Report of the King Institute of Preventive Medicine, Guindy
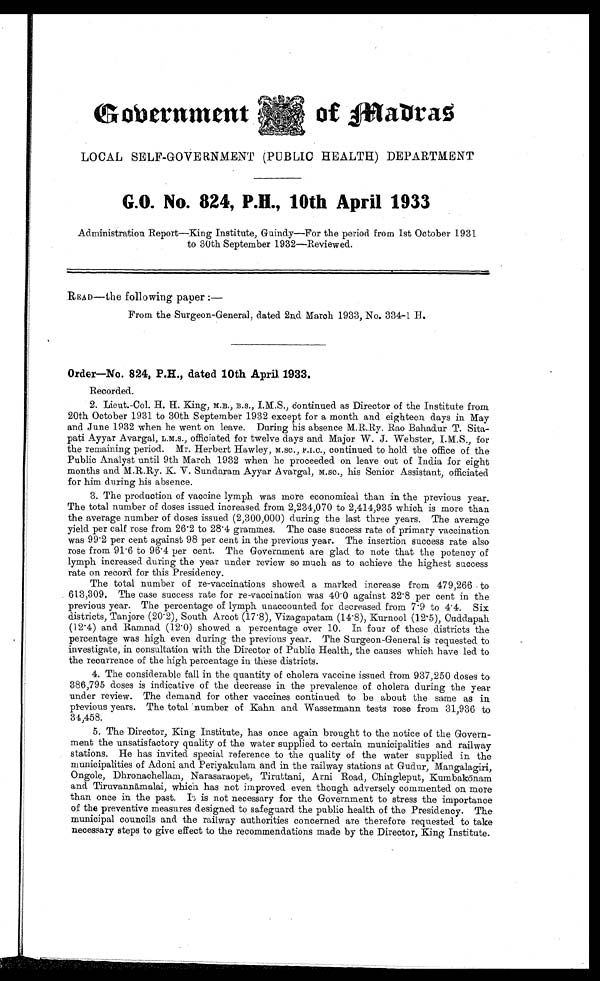
Government
of Madras
LOCAL SELF-GOVERNMENT (PUBLIC HEALTH) DEPARTMENT
G.O. No. 824, P.H., 10th April 1933
Administration Report—King Institute, Guindy—For the period from 1st October 1931
to 30th September 1932—Reviewed.
READ—the following paper :
—
From the Surgeon-General, dated 2nd March 1933, No. 334-1 H.
Order—No. 824, P.H., dated 10th April 1933.
Recorded.
2. Lieut.-Col. H. H. King, M.B., B.S., I.M.S., continued as Director of the Institute from
20th October 1931 to 30th September 1932 except for a month and eighteen days in May
and June 1932 when he went on leave. During his absence M.R.Ry. Rao Bahadur T. Sita
- p a t i A y y a r A v a r g a l , L . M . S . , o f f i c i a t e d f o r t w e l v e d a y s a n d M a j o r W . J . W e b s t e r , I . M . S . , f o r
the remaining period. Mr. Herbert Hawley, M.sc., F.I.C., continued to hold the office of the
Public Analyst until 9th March 1932 when he proceeded on leave out of India for eight
months and M.R.Ry. K.V. Sundaram Ayyar Avargal, M.sc., his Senior Assistant, officiated
for him during his absence.
3. The production of vaccine lymph was more economical than in the previous year.
The total number of doses issued increased from 2,234,070 to 2,414,935 which is more than
the average number of doses issued (2,300,000) during the last three years. The average
yield per calf rose from 26.2 to 28.4 grammes. The case success rate of primary vaccination
was 99.2 per cent against 98 per cent in the previous year. The insertion success rate also
rose from 91.6 to 96.4 per cent. The Government are glad to note that the potency of
lymph increased during the year under review so much as to achieve the highest success
rate on record for this Presidency.
The total number of re-vaccinations showed a marked increase from 479,266 to
613,309. The case success rate for re-vaccination was 40.0 against 32.8 per cent in the
previous year. The percentage of lymph unaccounted for decreased from 7.9 to 4.4. Six
districts, Tanjore (20.2), South Arcot (17.8), Vizagapatam (14.8), Kurnool (12.5), Cuddapah
(12.4) and Ramnad (12.0) showed a percentage over 10. In four of these . districts the
percentage was high even during the previous year. The Surgeon-General is requested to
investigate, in consultation with the Director of Public Health, the causes which have led to
the recurrence of the high percentage in these districts.
4. The considerable fall in the quantity of cholera vaccine issued from 937,250 doses to
386,795 doses is indicative of the decrease in the prevalence of cholera during the year
under review. The demand for other vaccines continued to be about the same as in
previous years. The total number of Kahn and Wassermann tests rose from 31,936 to
34,458.
5. The Director, King Institute, has once again brought to the notice of the Govern
-ment the unsatisfactory quality of the water supplied to certain municipalities and railway
stations. He has invited special reference to the quality of the water supplied in the
municipalities of Adoni and Periyakulam and in the railway stations at Gudur, Mangalagiri,
Ongole, Dhronachellam, Narasaraopet, Tiruttani, Arni Road, Chingleput, Kumbak ō nam
and Tiruvann ā malai, which has not improved even though adversely commented on more
than once in the past. It is not necessary for the Government to stress the importance
of the preventive measures designed to safeguard the public health of the Presidency. The
municipal councils and the railway authorities concerned are therefore requested to take
necessary steps to give effect to the recommendations made by the Director, King Institute.